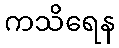
ကသိရေန